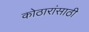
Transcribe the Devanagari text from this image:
कोठारांसाठी